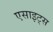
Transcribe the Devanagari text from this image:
एसाइट्स